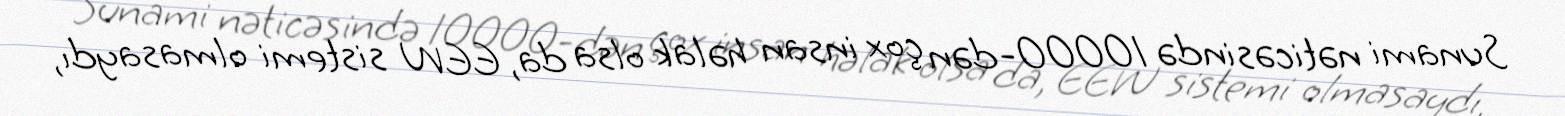
Sunami nəticəsində 10000-dən çox insan həlak olsa da, EEW sistemi olmasaydı,